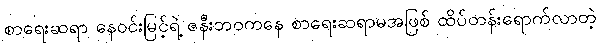
စာရေးဆရာ နေဝင်းမြင့်ရဲ့ ဇနီးဘဝကနေ စာရေးဆရာမအဖြစ် ထိပ်တန်းရောက်လာတဲ့